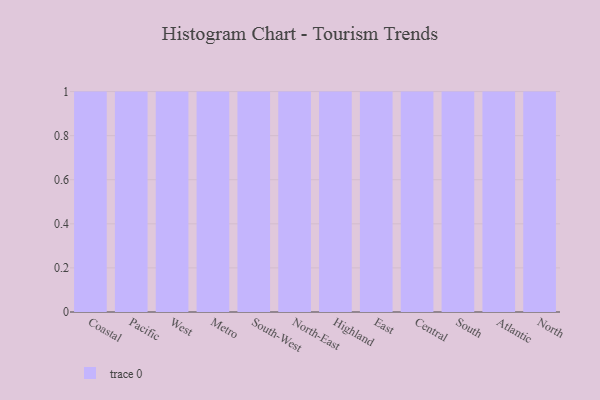
{"axis": {"x": "Region", "y": "Backlog"}, "legend": [""], "data": [{"x": "Coastal", "y": 98, "type": ""}, {"x": "Pacific", "y": 92, "type": ""}, {"x": "West", "y": 2, "type": ""}, {"x": "Metro", "y": 43, "type": ""}, {"x": "South-West", "y": 84, "type": ""}, {"x": "North-East", "y": 51, "type": ""}, {"x": "Highland", "y": 6, "type": ""}, {"x": "East", "y": 36, "type": ""}, {"x": "Central", "y": 69, "type": ""}, {"x": "South", "y": 59, "type": ""}, {"x": "Atlantic", "y": 53, "type": ""}, {"x": "North", "y": 97, "type": ""}]}